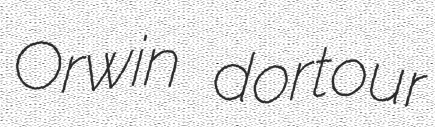
Orwin dortour